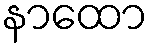
နာထော